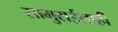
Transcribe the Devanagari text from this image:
सामुराईलाही